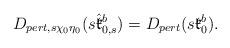
LaTeX: \begin{align*}D_{pert, s\chi_0\eta_0}(s\hat{\mathfrak{k}}^b_{0,s})=D_{pert}(s\mathfrak{k}^b_0).\end{align*}